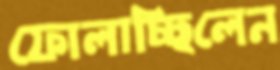
ফোলাচ্ছিলেন